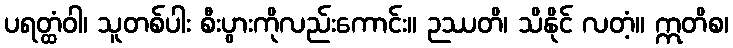
ပရတ္ထံဝါ၊ သူတစ်ပါး စီးပွားကိုလည်းကောင်း။ ဉဿတိ၊ သိနိုင် လတံ့။ ဣတိစ၊